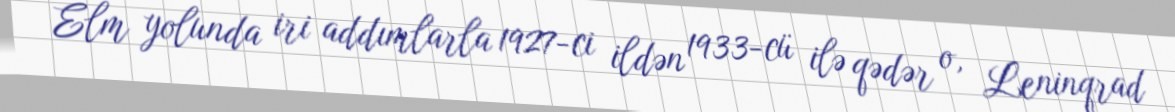
Elm yolunda iri addımlarla 1927-ci ildən 1933-cü ilə qədər o, Leninqrad